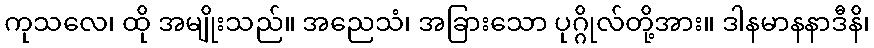
ကုသလေ၊ ထို အမျိုးသည်။ အညေသံ၊ အခြားသော ပုဂ္ဂိုလ်တို့အား။ ဒါနမာနနာဒီနိ၊